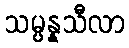
သမ္ပန္နသီလာ